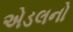
એડલનો